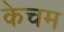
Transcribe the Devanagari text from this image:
केचम